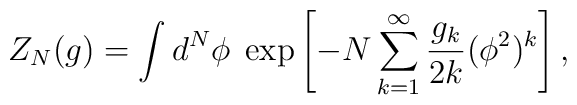
Z_N(g) = \int d^N \phi \;  \exp \left[ -N \sum_{k=1}^{\infty} \frac{g_k}{2k} (\phi^2)^k\right],